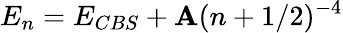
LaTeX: E_{n}=E_{CBS}+\mathbf{A}(n+1/2)^{-4}